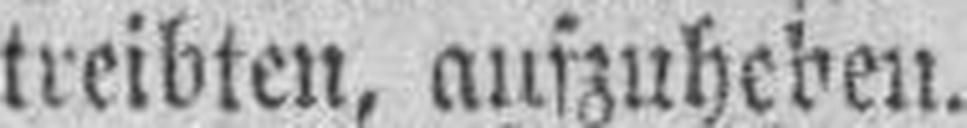
treibten, aufzuheben.